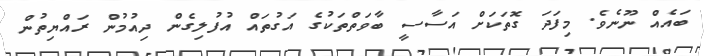
ބައެއް ނޫނެވެ. މިފަދަ ގޮތަކަށް އަސާސީ ބާވަތްތަކުގެ އަގުތައް އުފުލިގެން ދިއުމުން ރައްޔިތުން